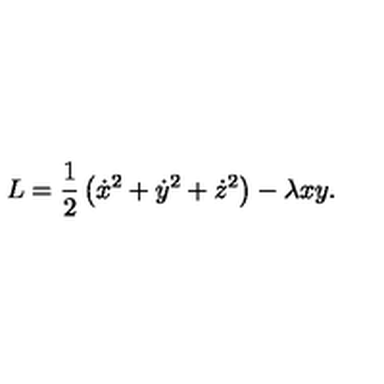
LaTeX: L = \frac { 1 } { 2 } \left( \dot { x } ^ { 2 } + \dot { y } ^ { 2 } + \dot { z } ^ { 2 } \right) - \lambda x y .